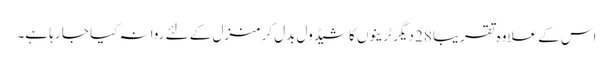
اس کے علاوہ تقریبا 28 دیگر ٹرینوں کا شیڈول بدل کر منزل کے لئے روانہ کیا جا رہا ہے۔